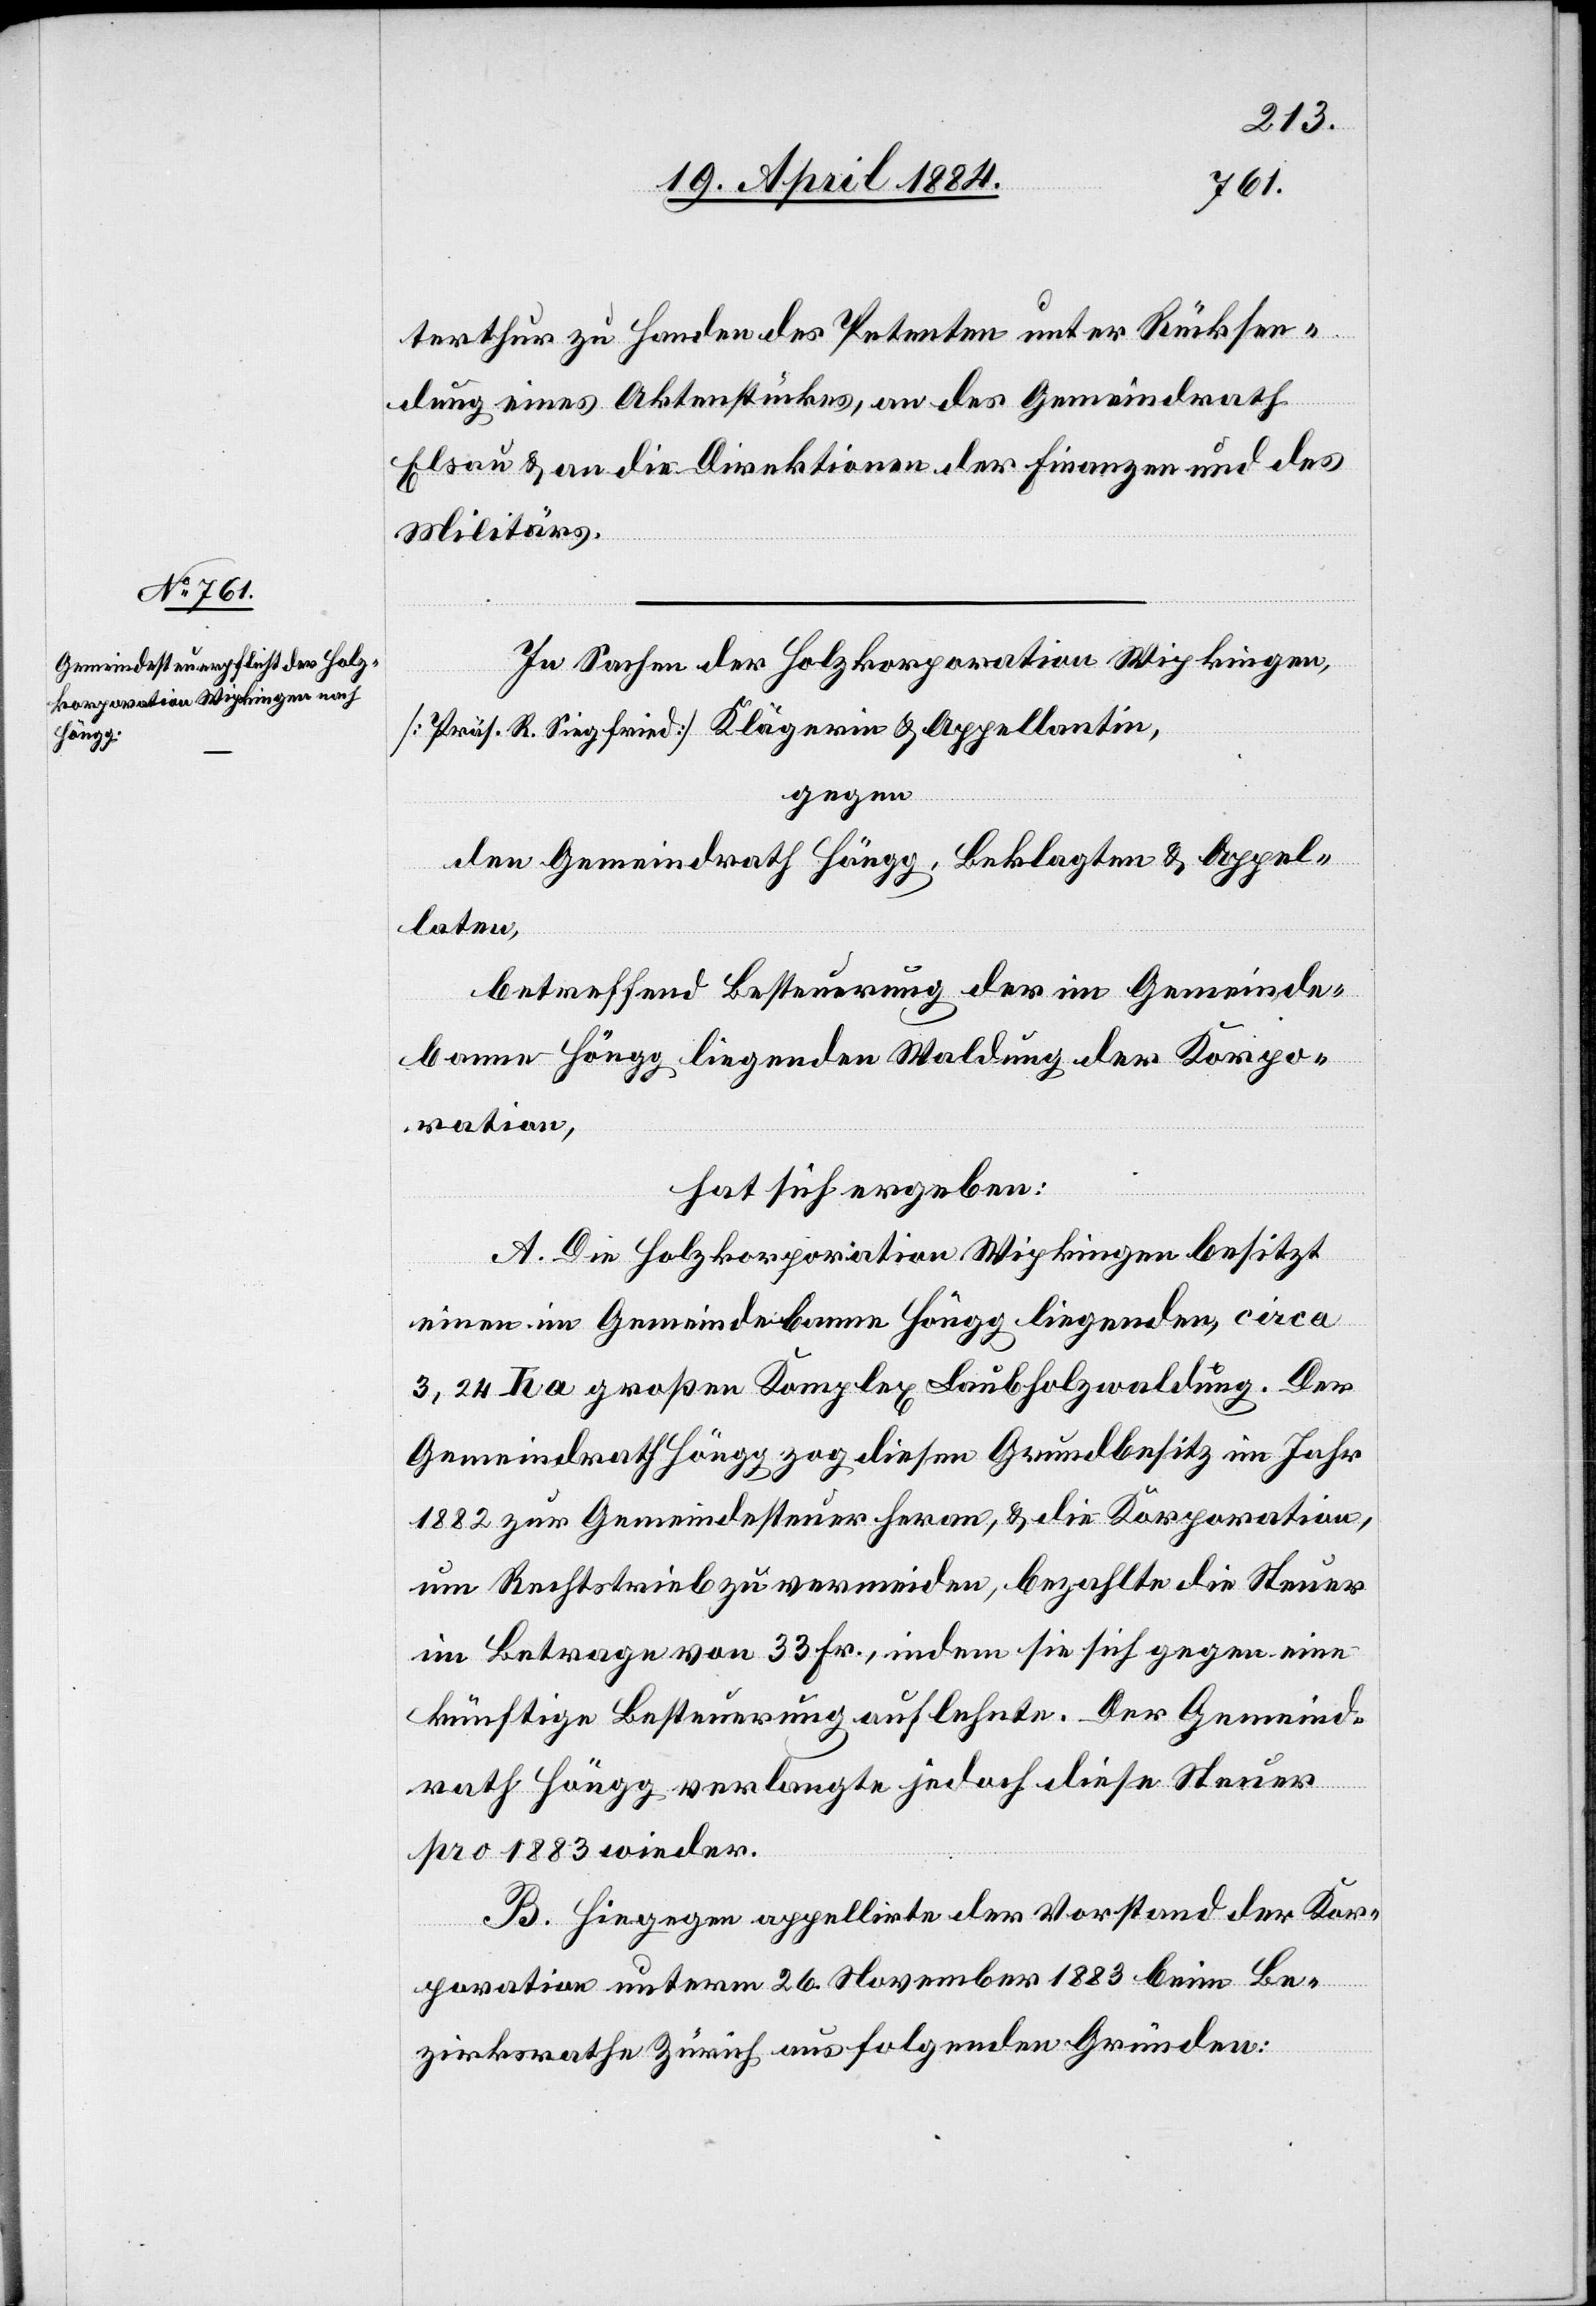
terthur zu Handen des Petenten unter Rücksen¬
dung eines Aktenstückes, an des [sic!] Gemeindrath
Elsau & an die Direktionen der Finanzen und des
Militärs.
In Sachen der Holzkorporation Wipkingen,
[Präs. R. Siegfried] Klägerin & Appellantin,
gegen
den Gemeindrath Höngg, Beklagten & Appel¬
laten,
betreffend Besteuerung der im Gemeinde¬
banne Höngg liegenden Waldung der Korpo¬
ration,
hat sich ergeben:
A. Die Holzkorporation Wipkingen besitzt
einen im Gemeindebanne Höngg liegenden, circa
3,24 ha großen Komplex Laubholzwaldung. Der
Gemeindrath Höngg zog diesen Grundbesitz im Jahr
1882 zur Gemeindesteuer heran, & die Korporation,
um Rechtstrieb zu vermeiden, bezahlte die Steuer
im Betrage von 33 Fr., indem sie sich gegen eine
künftige Besteuerung auflehnte. Der Gemeind¬
rath Höngg verlangte jedoch diese Steuer
pro 1883 wieder.
B. Hiegegen appellirte der Vorstand der Kor¬
poration unterm 26. November 1883 beim Be¬
zirksrathe Zürich aus folgenden Gründen: